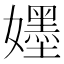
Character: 𡣫